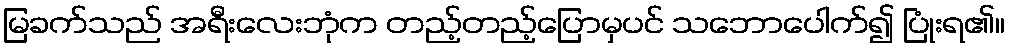
မြခက်သည် အရီးလေးဘုံက တည့်တည့်ပြောမှပင် သဘောပေါက်၍ ပြုံးရ၏။